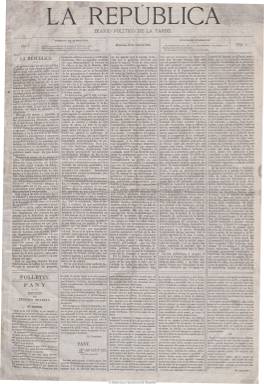
Título: La República (Madrid. 1873)
Colección: Periódicos || Republicanismo
Ámbito geográfico: Madrid
Lugar de publicación: Madrid
Fechas: 16/04/1873-08/05/1873

Subtitulado “diario político de la tarde”, tras proclamar las Cortes, en febrero de 1873, la I República Española, nace este periódico el 16 de abril de este año para defender la democracia y el nuevo régimen político, siendo el órgano de prensa de la mayoría de la derecha parlamentaria que lidera Emilio Castelar. Fue dirigido por el abogado y periodista Juan Pablo Nogués Liñán, y sus redactores son: José Luis Giner, Joaquín Juste. J.B. Dantin y A Atienza.

Aunque su vida no debió ser muy larga (aún seguía publicándose en noviembre de 1873), este vespertino (no salía los domingos) es un diario de cuatro páginas con una arquitectura excelente, con secciones bien estructuradas: Política interior, Política exterior, Sección oficial, Variedades, Despachos telegráficos, Noticias generales, Espectáculos, Sección de teatros o Anuncios, con artículos de fondo y doctrinales, noticias de la agencia Fabra, información sobre las bolsas, política municipal, crónicas, sueltos, un folletín e, incluso, el santoral del día. También contó con una sección denominada “Segunda edición”, cuando esta debía de producirse.